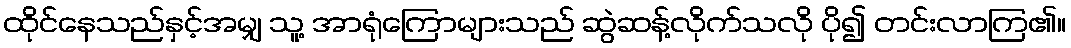
ထိုင်နေသည်နှင့်အမျှ သူ့ အာရုံကြောများသည် ဆွဲဆန့်လိုက်သလို ပို၍ တင်းလာကြ၏။